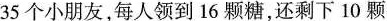
35个小朋友，每人领到16颗糖，还剩下10颗